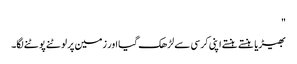
"
بھیڑیا ہنستے ہنستے اپنی کرسی سے لڑھک گیا اور زمین پر لوٹنے پوٹنے لگا۔